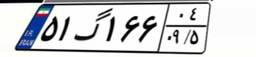
۵۱گ۱۶۶۰۴